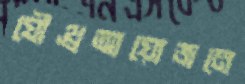
যৌথ্রআয়োজনে